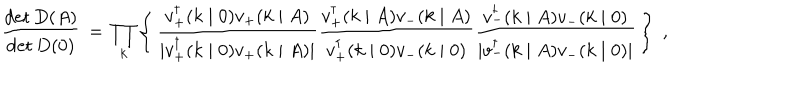
LaTeX: \frac { \det D ( A ) } { \det D ( 0 ) } \, = \, \prod _ { k } \left\{ \, \frac { v _ { + } ^ { \dagger } ( k \mid 0 ) v _ { + } ( k \mid A ) } { \mid v _ { + } ^ { \dagger } ( k \mid 0 ) v _ { + } ( k \mid A ) \mid } \frac { v _ { + } ^ { \dagger } ( k \mid A ) v _ { - } ( k \mid A ) } { v _ { + } ^ { \dagger } ( k \mid 0 ) v _ { - } ( k \mid 0 ) } \frac { v _ { - } ^ { \dagger } ( k \mid A ) v _ { - } ( k \mid 0 ) } { \mid v _ { - } ^ { \dagger } ( k \mid A ) v _ { - } ( k \mid 0 ) \mid } \, \right\} \; ,